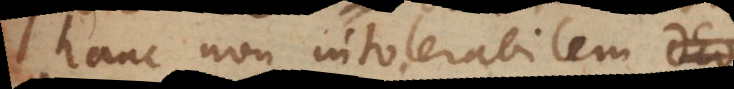
hanc non intolerabilem Deo